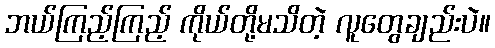
ဘယ်ကြည့်ကြည့် ကိုယ်တို့မသိတဲ့ လူတွေချည်းပဲ။